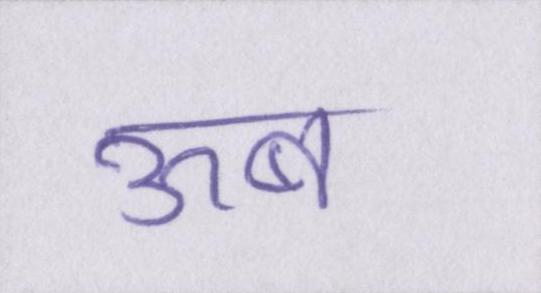
ऊब